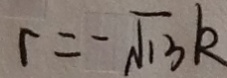
r = - \sqrt { 1 3 } k